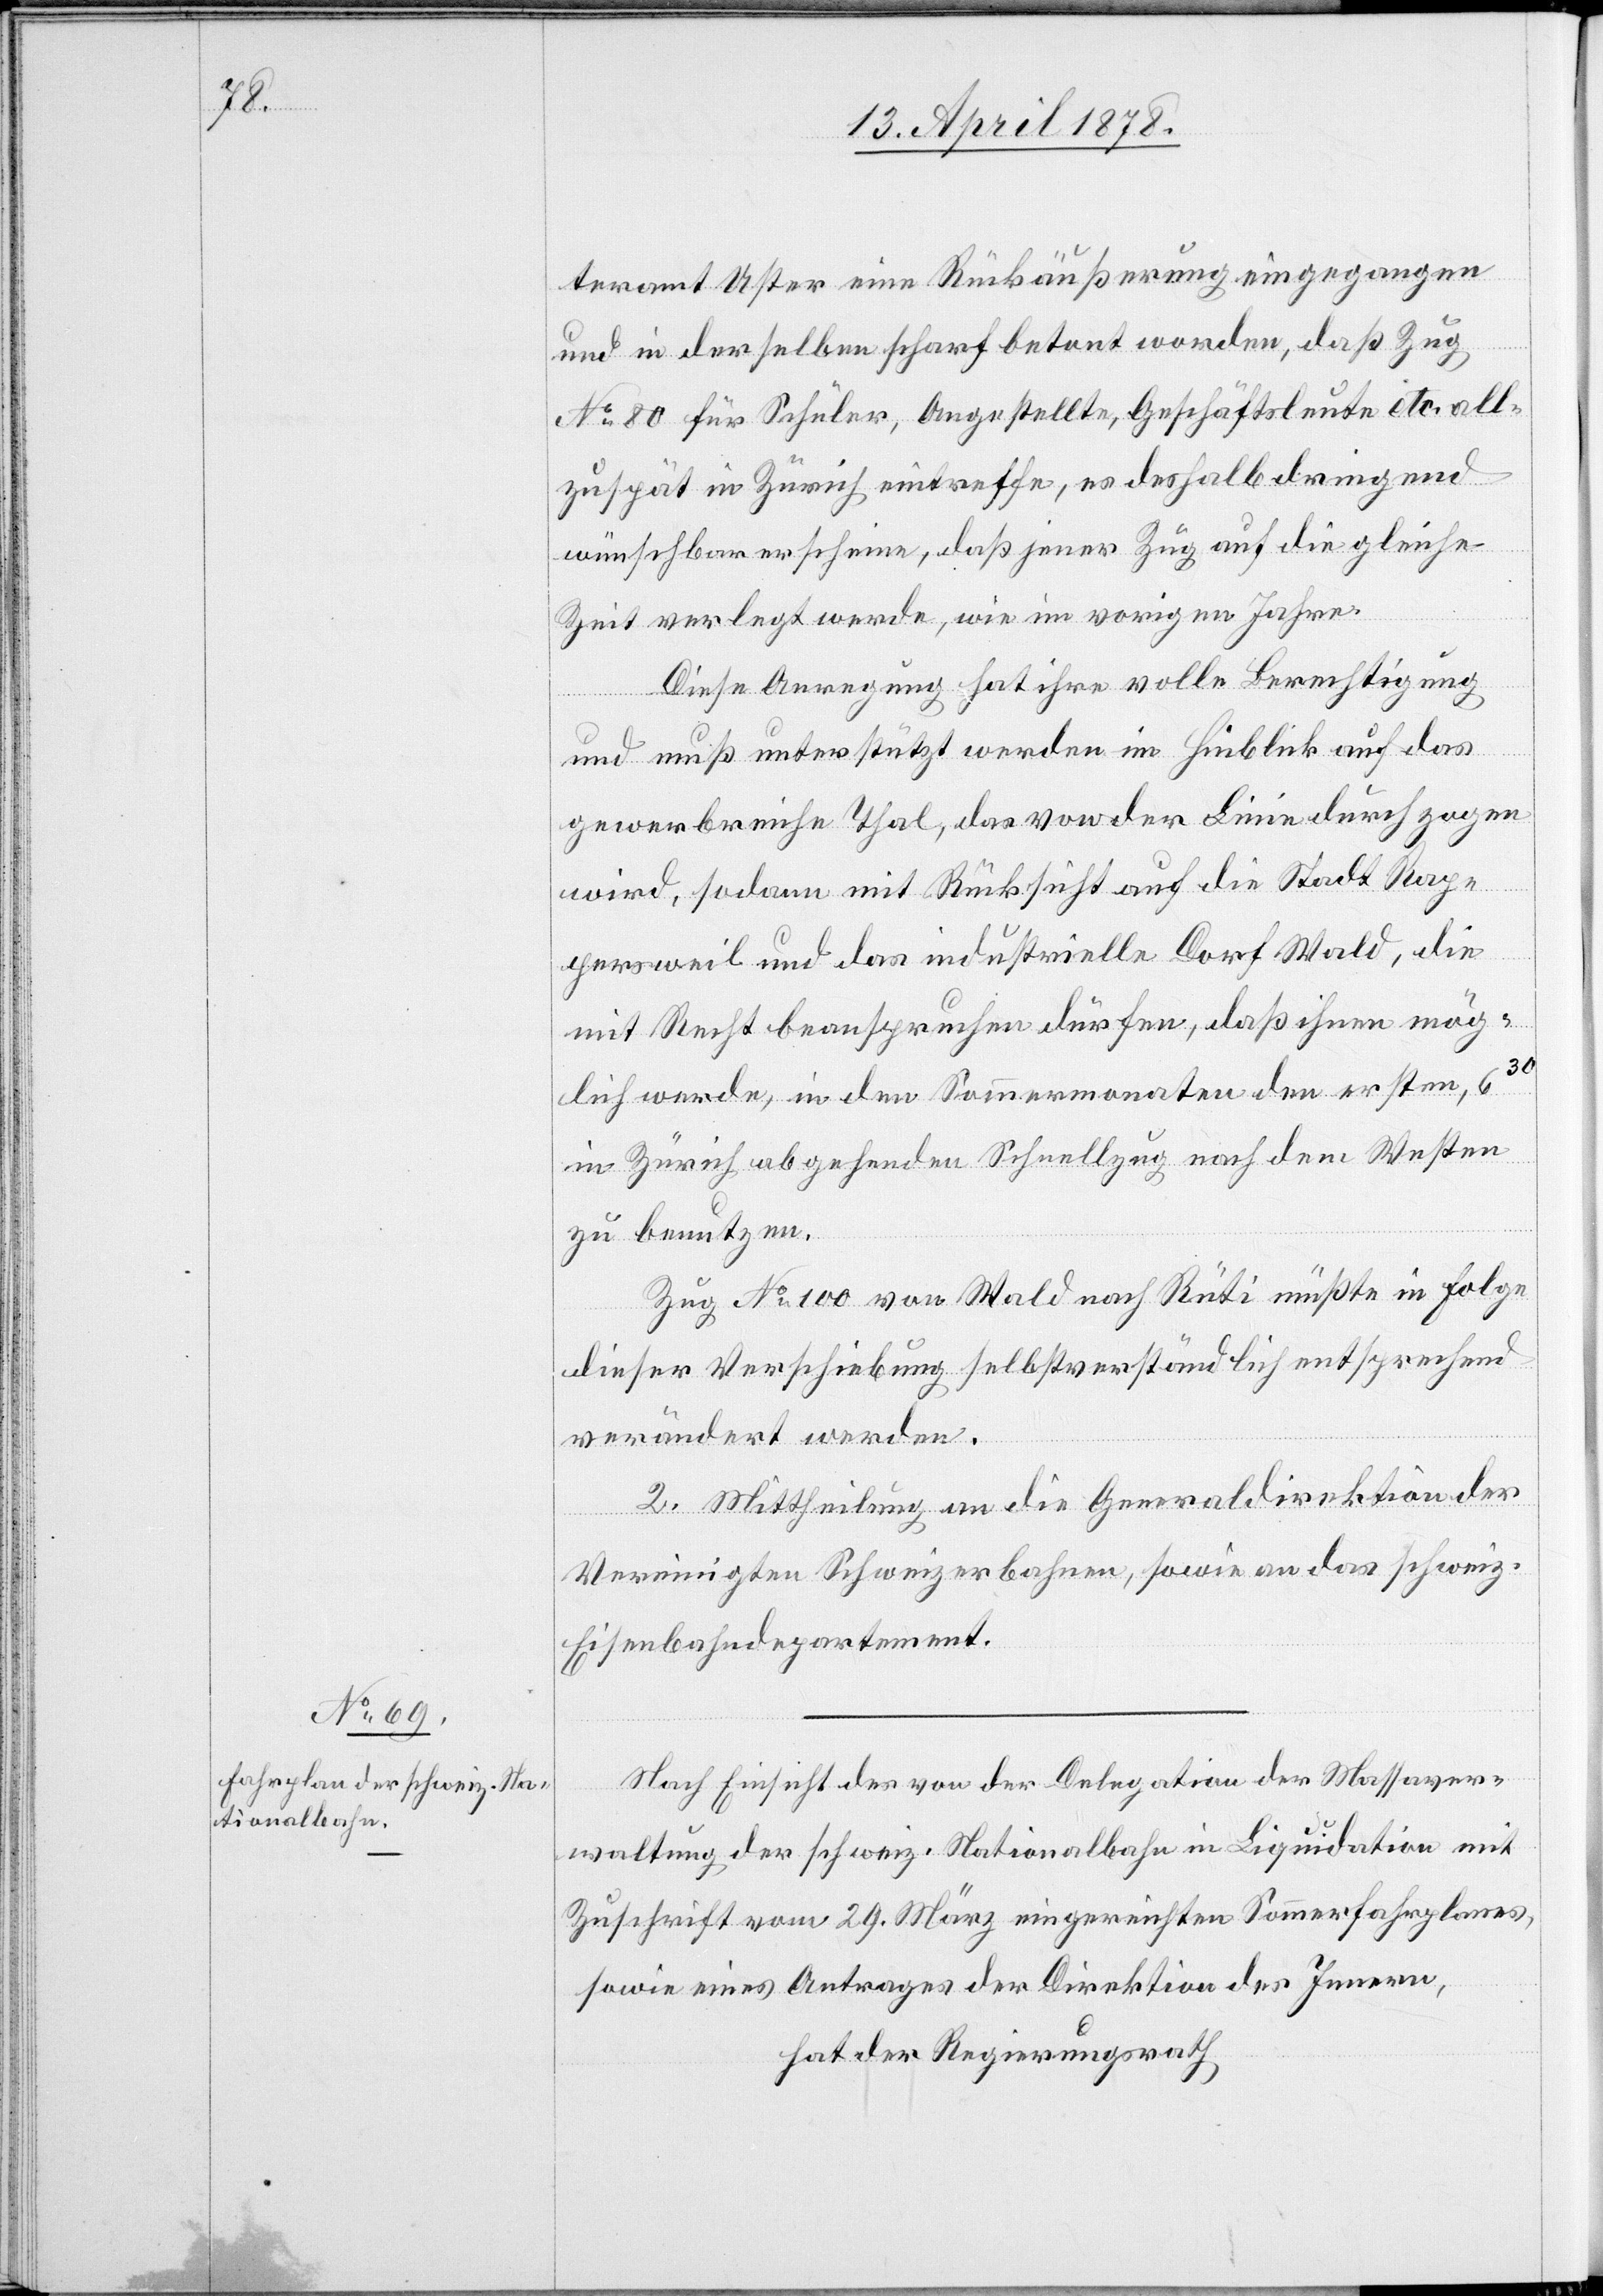
teramt Uster eine Rückäußerung eingegangen
und in derselben scharf betont worden, daß Zug
No 80 für Schüler, Angestellte, Geschäftsleute etc. all¬
zuspät in Zürich eintreffe, es deshalb dringend
wünschbar erscheine, daß jener Zug auf die gleiche
Zeit verlegt werde, wie im vorigen Jahre.
Diese Anregung hat ihre volle Berechtigung
und muß unterstützt werden im Hinblick auf das
gewerbreiche Thal, das von der Linie durchzogen
wird, sodann mit Rücksicht auf die Stadt Rap¬
persweil und das industrielle Dorf Wald, die
mit Recht beanspruchen dürfen, daß ihnen mög¬
lich werde, in den Sommermonaten den ersten, 630
in Zürich abgehenden Schnellzug nach dem Westen
zu benutzen.
Zug No 100 von Wald nach Rüti müßte in Folge
dieser Verschiebung selbstverständlich entsprechend
verändert werden.
2. Mittheilung an die Generaldirektion der
Vereinigten Schweizerbahnen, sowie an das schweiz.
Eisenbahndepartement.
Nach Einsicht des von der Delegation der Wasserver¬
waltung der schweiz. Nationalbahn in Liquidation mit
Zuschrift vom 29. März eingereichten Sommerfahrplanes,
sowie eines Antrages der Direktion des Innern,
hat der Regierungsrath